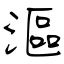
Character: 漚